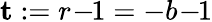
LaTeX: \mathbf{t}:=r\! -\! \! 1=-b\! -\! \! 1